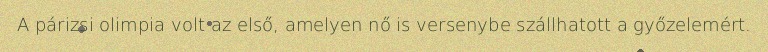
A párizsi olimpia volt az első, amelyen nő is versenybe szállhatott a győzelemért.